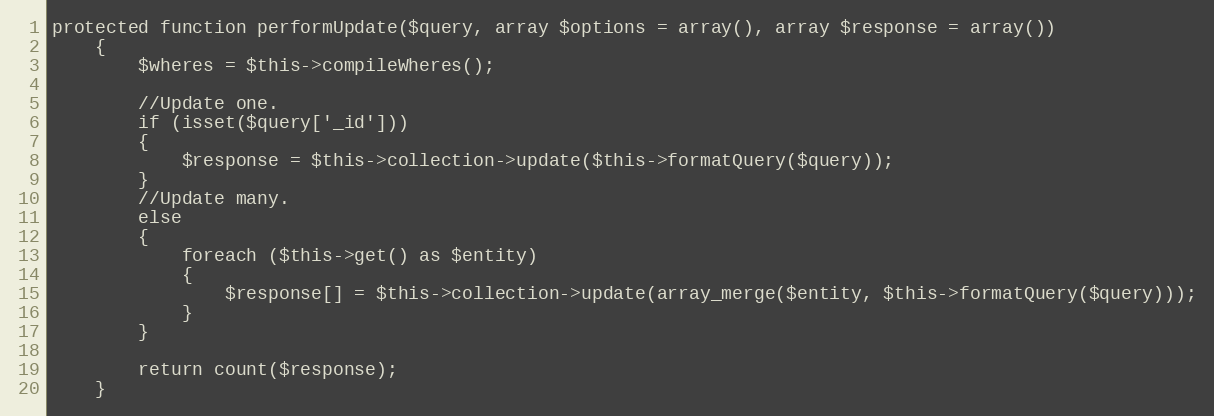
Language: PHP
protected function performUpdate($query, array $options = array(), array $response = array())
	{
		$wheres = $this->compileWheres();

		//Update one.
		if (isset($query['_id']))
		{
			$response = $this->collection->update($this->formatQuery($query));
		}
		//Update many.
		else
		{
			foreach ($this->get() as $entity)
			{
				$response[] = $this->collection->update(array_merge($entity, $this->formatQuery($query)));
			}
		}

		return count($response);
	}